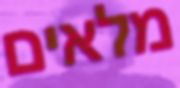
מלאים